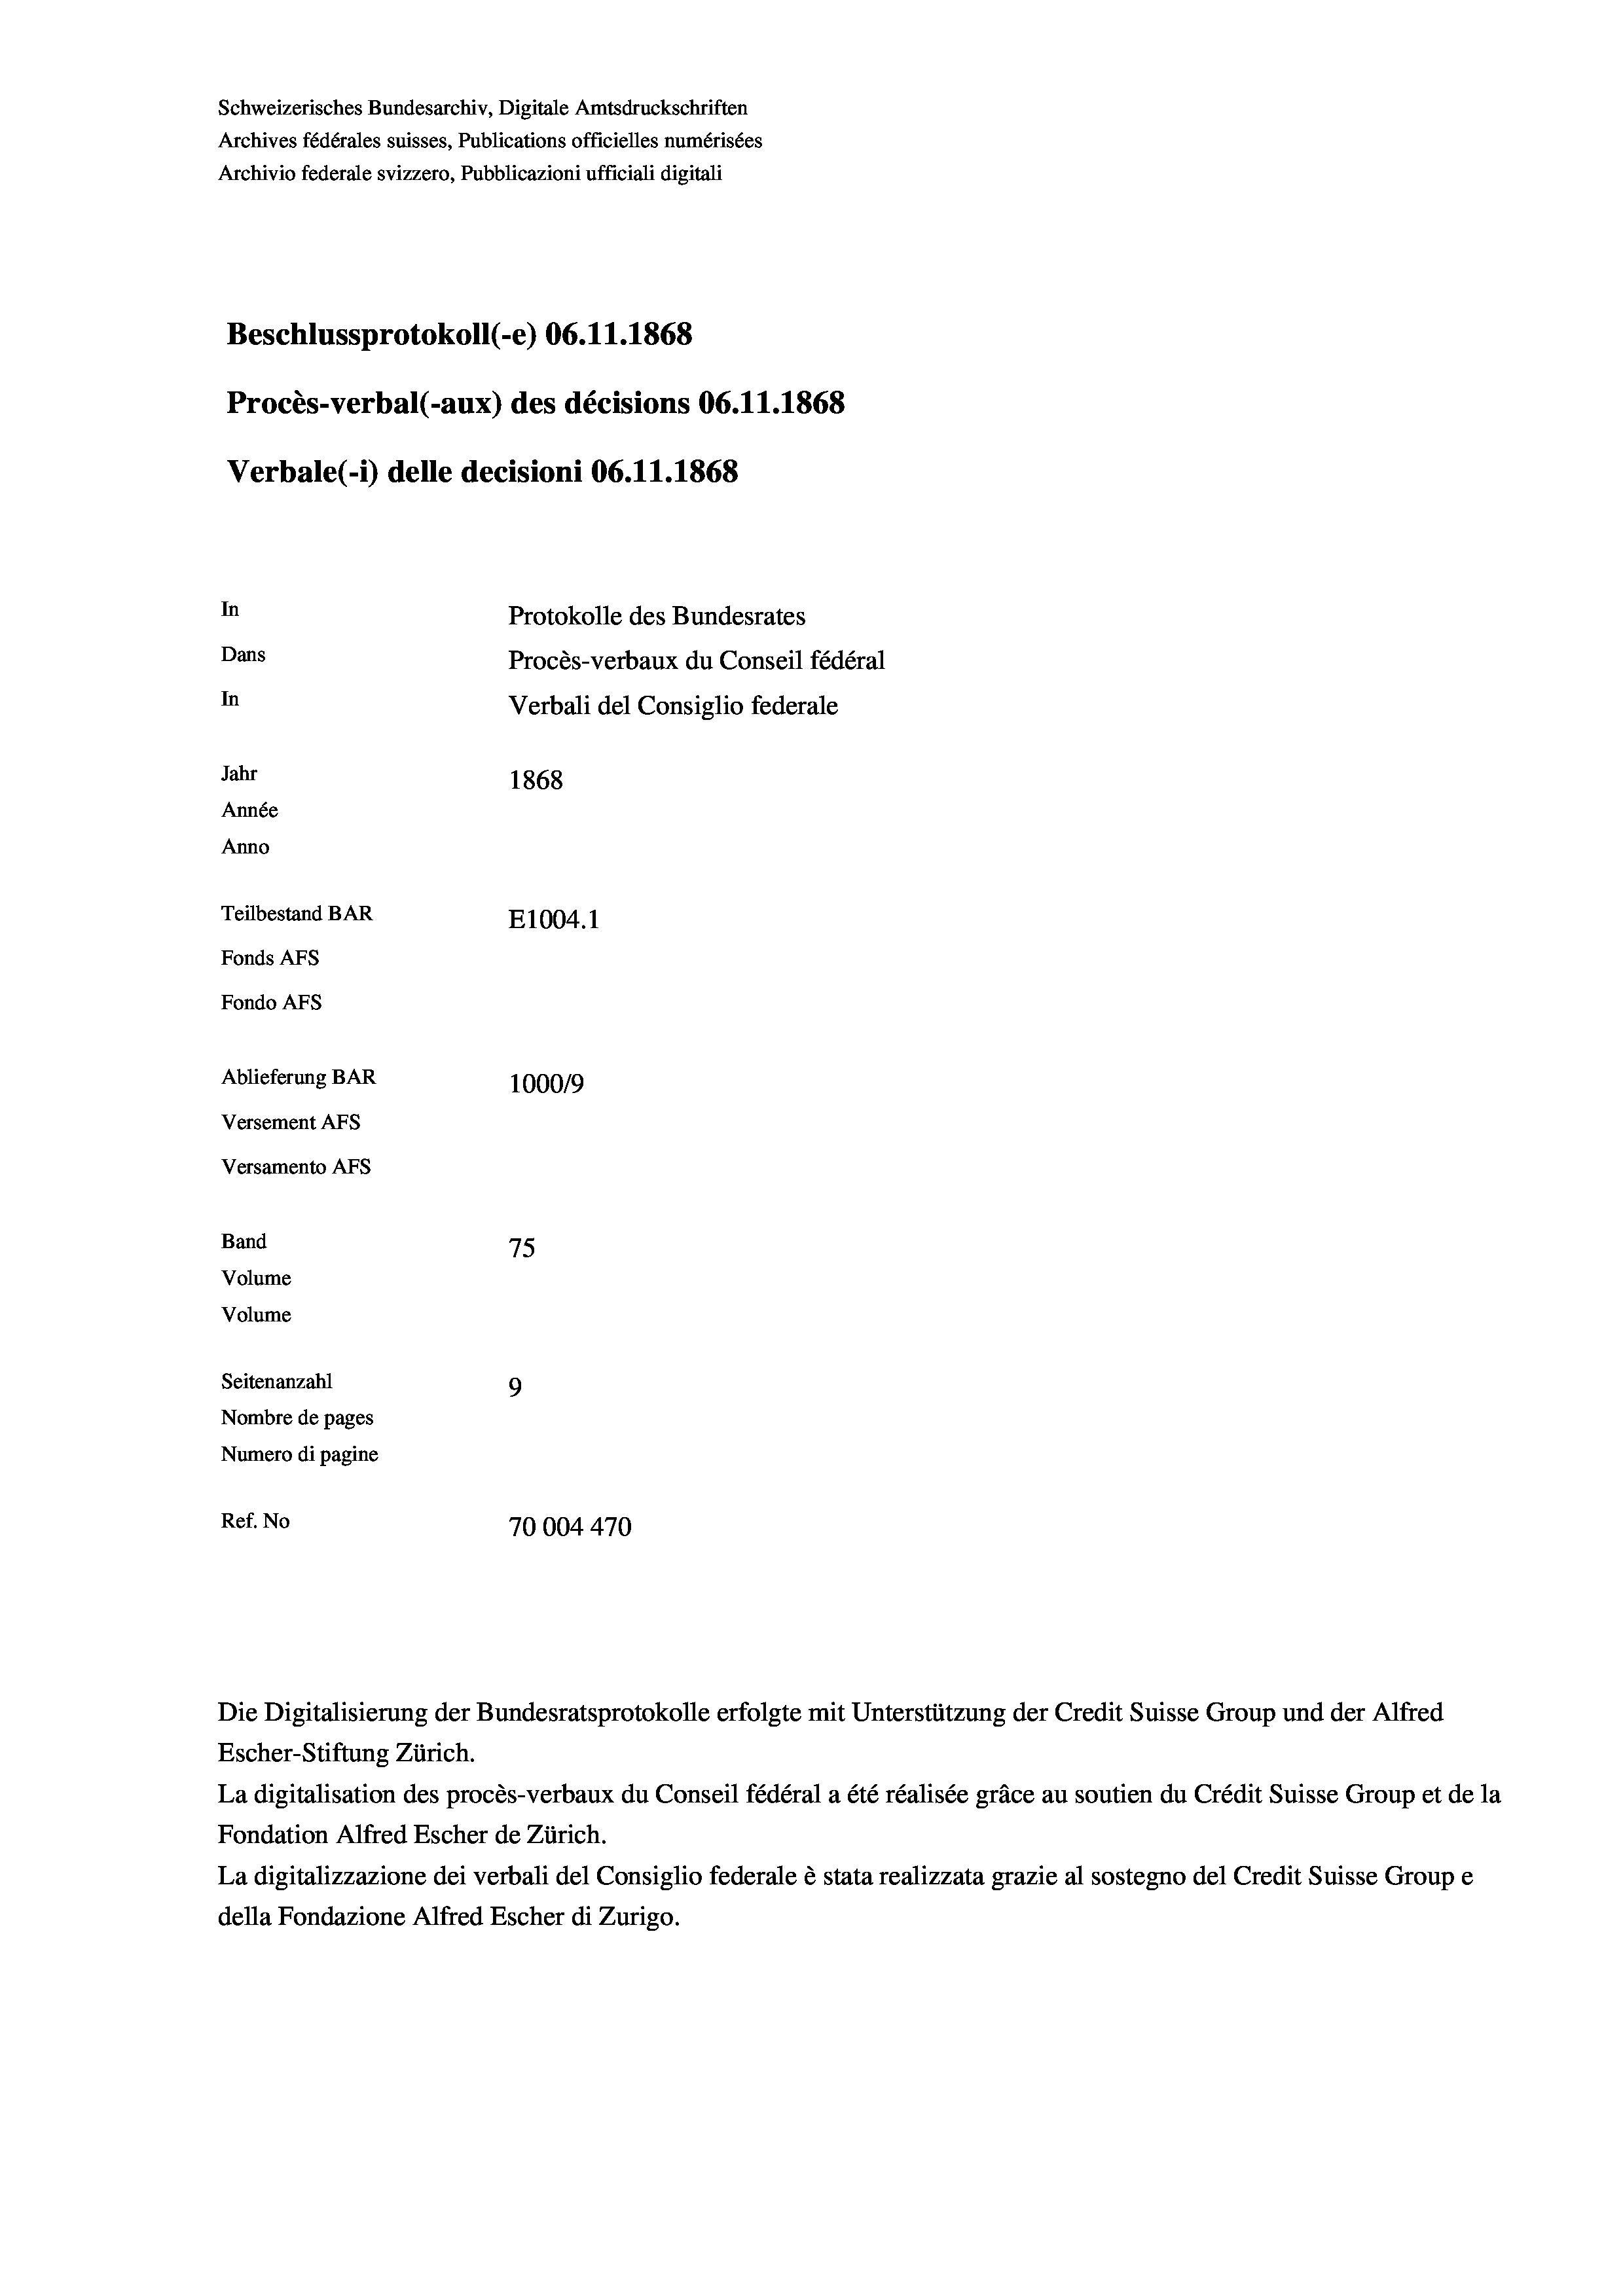
Schweizerisches Bundesarchiv, Digitale Amtsdruckschriften
Archives fédérales suisses, Publications officielles numérisées
Archivio federale svizzero, Pubblicazioni ufficiali digitali
Beschlussprotokoll (-e) 06. 11. 1868
Procès-verbal (-aux) des décisions 06.11.1868
Verbale (1) delle decisioni 06.11.1868
In
Protokolle des Bundesrates
Dans
Procès-verbaux du Conseil fédéral
In
Verbali del Consiglio federale
Jahr
1868
Année
Anno
Teilbestand BAR
E1004.1
Fonds Afs
Fondo AFs
Ablieferung BAR
100019
Versement AFS
Versamento Afs
Band
75
Volume
Volume
Seitenanzahl
9
Nombre de pages
Numero di pagine
Ref. No
70004470

Escher-Stiftung Zürich.
La digitalisation des procès-verbaux du Conseil fédéral a été réalisée gräce au soutien du Crédit Suisse Group et de la
Fondation Alfred Escher de Zürich.
La digitalizzazione dei verbali del Consiglio federale è stata realizzata grazie al sostegno del Credit Suisse Groupe
della Fondazione Alfred Escher di Zurigo.

Die Digitalisierung der Bundesratsprotokolle erfolgte mit Unterstützung der Credit Suisse Group und der Alfred